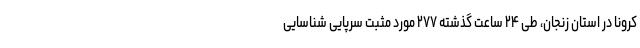
کرونا در استان زنجان، طی ۲۴ ساعت گذشته ۲۷۷ مورد مثبت سرپایی شناسایی